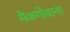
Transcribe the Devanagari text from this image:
मैकगोवाना